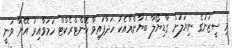
މި ސީޒަނުގެ ނިޔަލަށް ގާޑިޔޯލާ ބަޔާންއާއެކު ހަދާފައިވާ ކޮންޓްރެކްޓް ހަމަވާއިރު އޭނާ ވަނީ